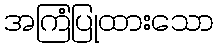
အကြံပြုထားသော